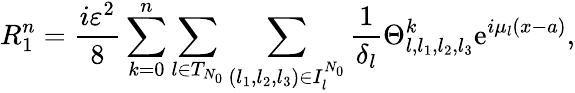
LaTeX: {R}_{1}^{n}=\frac{i\varepsilon^{2}}{8}\sum_{k=0}^{n}\sum_{l\in{T}_{N_{0}}}\sum_{\left(l_{1},l_{2},l_{3}\right)\in{I}_{l}^{N_{0}}}\frac{1}{\delta_{l}}\Theta_{l,l_{1},l_{2},l_{3}}^{k}\textrm{e}^{i\mu_{l}(x-a)},